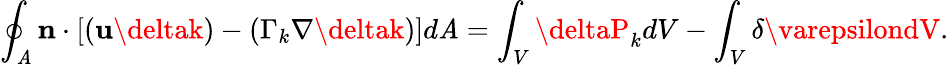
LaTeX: \oint_{\mathit{A}}\mathbf{{n}}\cdot\left[\left(\mathbf{{u}}\deltak\right)-\left(\Gamma_{k}\nabla\deltak\right)\right]d\mathit{A}=\int_{V}\deltaP_{k}dV-\int_{V}\delta\varepsilondV.